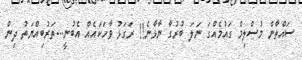
ސައްތާން މުސްލިމް ގައުމެއްގަ ނަލަ ބުރުގާ ނާޅާނެ!! ރަގަޅު ވާހަކައެއް އެބުނީ...ތަރުބިއްޔަތު ދިން